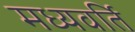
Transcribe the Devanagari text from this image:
मध्यवर्ति